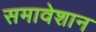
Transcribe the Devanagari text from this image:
समावेशान